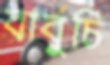
বাবুর্চি